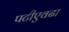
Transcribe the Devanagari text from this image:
पटीएवढा